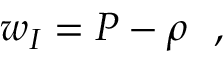
w _ { I } = P - \rho \ \ ,